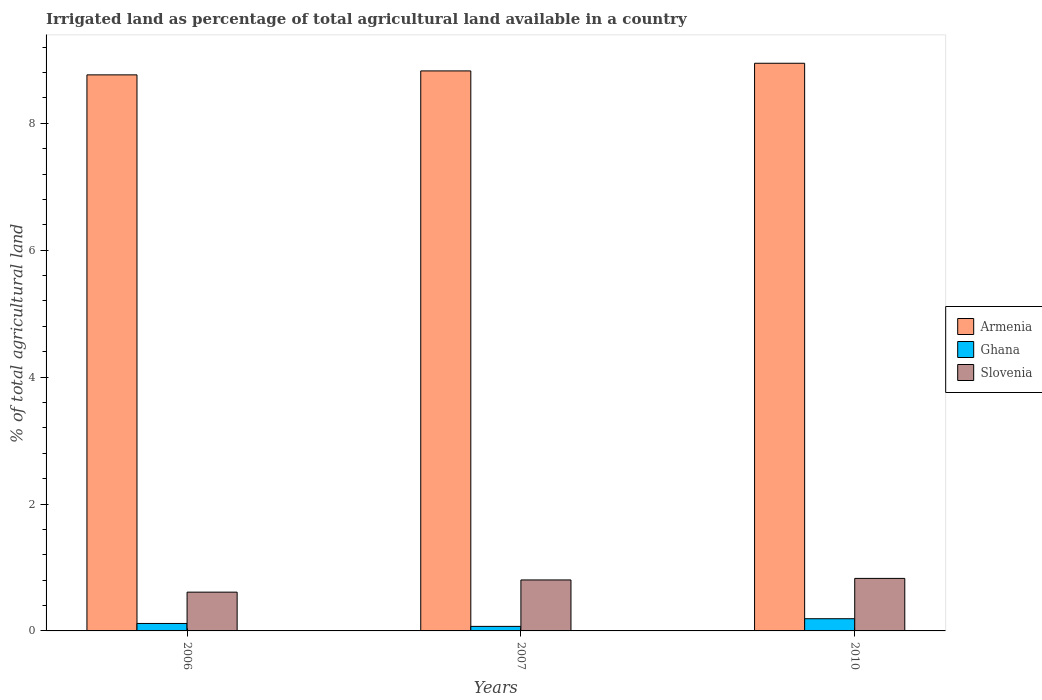
| Years | Armenia | Ghana | Slovenia |
 | --- | --- | --- | --- |
 | 2006 | 8.76 | 0.118 | 0.611 |
 | 2007 | 8.82 | 0.0714 | 0.803 |
 | 2010 | 8.95 | 0.192 | 0.828 |